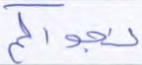
نجواكم